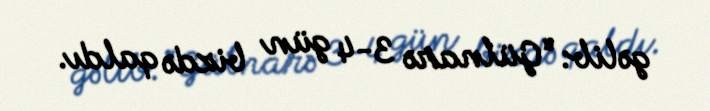
gəlib: “Gülnarə 3-4 gün bizdə qaldı.